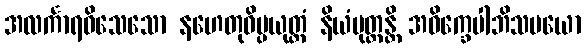
အလင်္ကာရဝိသေသော နဟေတုဝိပ္ပယုတ္တံ နိယံပုတ္တန္တိ အဝိက္ခေပါဘိသမယော